Report on vaccination in the Province of Bengal - 1874-1889
Year: 1874
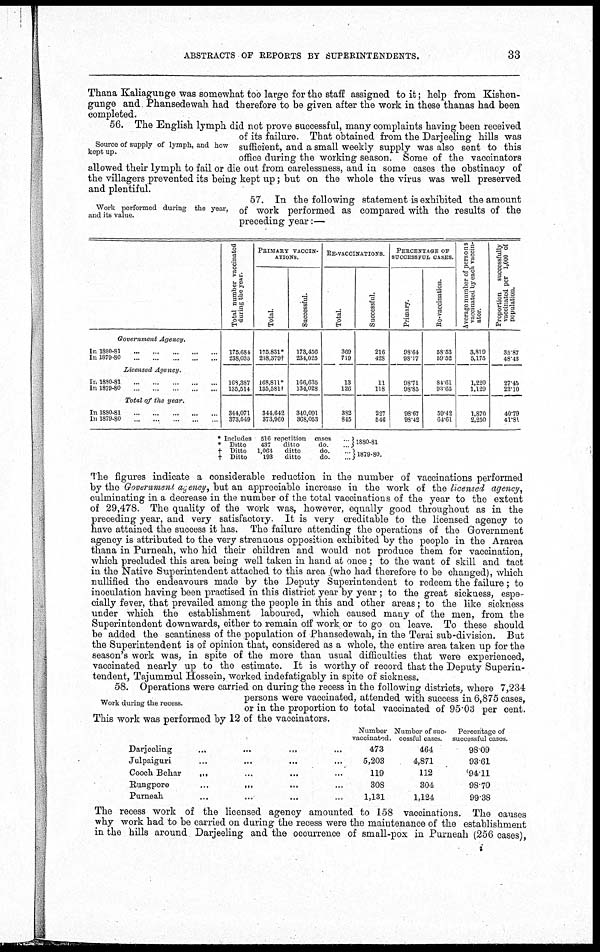
ABSTRACTS OF REPORTS BY SUPERINTENDENTS.
33
Thana Kaliagunge was somewhat too large for the staff assigned to it; help from Kishen-
gunge and Phansedewah had therefore to be given after the work in these thanas had been
completed.
Source of supply of lymph, and how
kept up.
56. The English lymph did not prove successful, many complaints having been received
of its failure. That obtained from the Darjeeling hills was
sufficient, and a small weekly supply was also sent to this
office during the working season. Some of the vaccinators
allowed their lymph to fail or die out from carelessness, and in some cases the obstinacy of
the villagers prevented its being kept up; but on the whole the virus was well preserved
and plentiful.
Work performed during the year,
and its value.
57. In the following statement is exhibited the amount
of work performed as compared with the results of the
preceding year:—
Government Agency.
In
1880-81...
...
...
In 1879-80... ... ...
Licensed Agency.
In 1880-81... ... ...
In
1879-80...
...
...
Total of the year.
In
1880-81...
...
...
In
1879-80...
...
...
Total number vaccinated
during the year.
175,684
238,035
168,387
135,514
344,071
373,549
PRIMARY VACCIN-
------.
Total.
175,831*
238,379†
168,811*
135,581†
344,642
373,960
Successful.
173,456
234,025
166,635
134,028
340,091
368,053
RE-VACCINATIONS.
Total.
369
719
13
126
382
845
Successful
216
428
11
118
227
546
PERCENTAGE OF
SUCCESSFUL CASES.
Primary.
98.64
98.17
98.71
98.85
98.67
98.42
Re-vaccination.
58.53
59.52
84.61
93.65
59.42
64.61
Average number of persons
vaccinated by each vaccin-
ator.
3,819
5,175
1,220
1,129
1,870
2,250
Proportion
successfully
vaccinated per 1,000 of
population.
35.87
48.48
27.45
22.10
40.79
41.81
* Includes 516 repetition cases
* Ditto
437
ditto
do.
† Ditto
1,063
ditto
do.
‡ Ditto
193 ditto
do.
1880-81
1879-80.
The figures indicate a considerable reduction in the number of vaccinations performed
by the Government, agency, but an appreciable increase in the work of the licensed agency,
culminating in a decrease in the number of the total vaccinations of the year to the extent
of 29,478. The quality of the work was, however, equally good throughout as in the
preceding year, and very satisfactory. It is very creditable to the licensed agency to
have attained the success it has. The failure attending the operations of the Government
agency is attributed to the very strenuous opposition exhibited by the people in the Ararea
thana in Purneah, who hid their children and would not produce them for vaccination,
which precluded this area being well taken in hand at once ; to the want of skill and tact
in the Native Superintendent attached to this area .(who had therefore to be changed), which
nullified the endeavours made by the Deputy Superintendent to redeem the failure; to
inoculation having been practised in this district year by year ; to the great sickness, espe-
cially fever, that prevailed among the people in this and other areas; to the like sickness
under which the establishment laboured, which caused many of the men, from the
Superintendent downwards, either to remain off work or to go on leave. To these should
be added the scantiness of the population of Phansedewah, in the Terai sub-division. But
the Superintendent is of opinion that, considered as a whole, the entire area taken up for the
season's work was, in spite of the more than usual difficulties that were experienced,
vaccinated nearly up to the estimate. It is worthy of record that the Deputy Superin-
tendent, Tajummul Hossein, worked indefatigably in spite of sickness.
Work during the recess.
58. Operations were carried on during the recess in the following districts, where 7,234
persons were vaccinated, attended with success in 6,875 cases,
or in the proportion to total vaccinated of 95.03 per cent.
This work was performed by 12 of the vaccinators.
Darjeeling...
...
...
Julparguri... ... ...
Cooch Behar... ... ...
Rungpore...
...
...
Purneah... ... ...
Number
vaccinated.
473
5,203
119
308
1,131
Number of suc-
cessful cases.
464
4,871
112
304
1,124
Percentage of
successful cases.
98.09
93.61
94.11
98.70
99.38
The recess work of the licensed agency amounted to 158 vaccinations. The causes
why work had to be carried on during the recess were the maintenance of the establishment
in the hills around Darjeeling and the occurrence of small-pox in Purneah (256 cases),
i